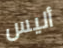
أليس